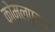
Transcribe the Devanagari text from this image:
कोमलपुरम